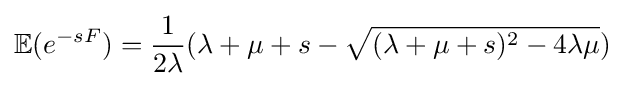
\mathbb {E} (e^{-sF})={\frac {1}{2\lambda }}(\lambda +\mu +s-{\sqrt {(\lambda +\mu +s)^{2}-4\lambda \mu }})